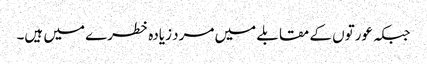
جبکہ عورتوں کے مقابلے میں مرد زیادہ خطرے میں ہیں۔